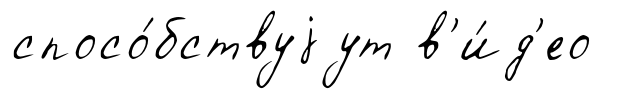
спосо́бствуjут в'и́д'ео